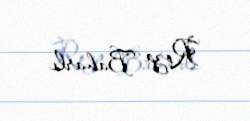
Roza Baharlı